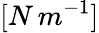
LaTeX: [N\, m^{-1}]